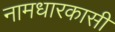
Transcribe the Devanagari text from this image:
नामधारकासी